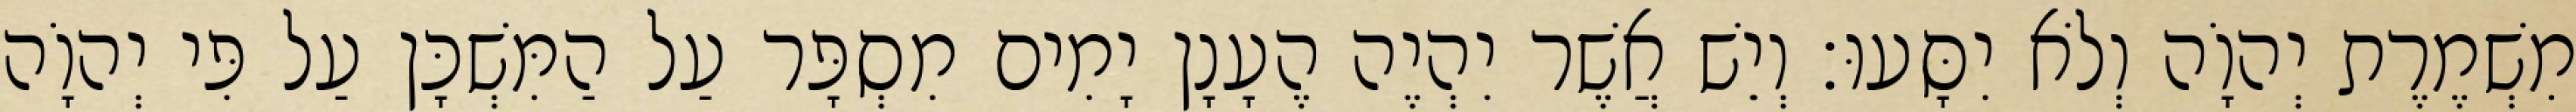
מִשְׁמֶרֶת יְהוָֹה וְלֹא יִסָּעוּ׃ וְיֵשׁ אֲשֶׁר יִהְיֶה הֶעָנָן יָמִים מִסְפָּר עַל הַמִּשְׁכָּן עַל פִּי יְהוָֹה